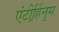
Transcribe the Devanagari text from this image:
एंटीर्र्हिनुम